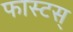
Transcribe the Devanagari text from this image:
फास्टस्